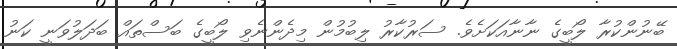
ބޭނުންކުރާ ލޯބީގެ ނާނާއަކަށެވެ. ސަރުކާރު ލިބުމުން މިދެންނެވި ލޯބީގެ ބަސްތައް ބަދަލުވަނީ ކަނު